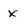
Character: x